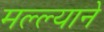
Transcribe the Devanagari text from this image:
मल्ल्याने